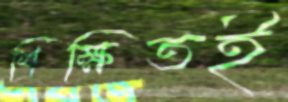
শিক্ষিতই